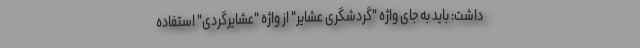
داشت: باید به جای واژه "گردشگری عشایر" از واژه "عشایرگردی" استفاده